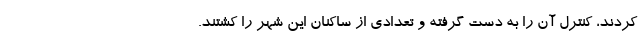
کردند، کنترل آن را به دست گرفته و تعدادی از ساکنان این شهر را کشتند.